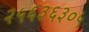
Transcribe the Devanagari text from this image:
२५६३६३०५